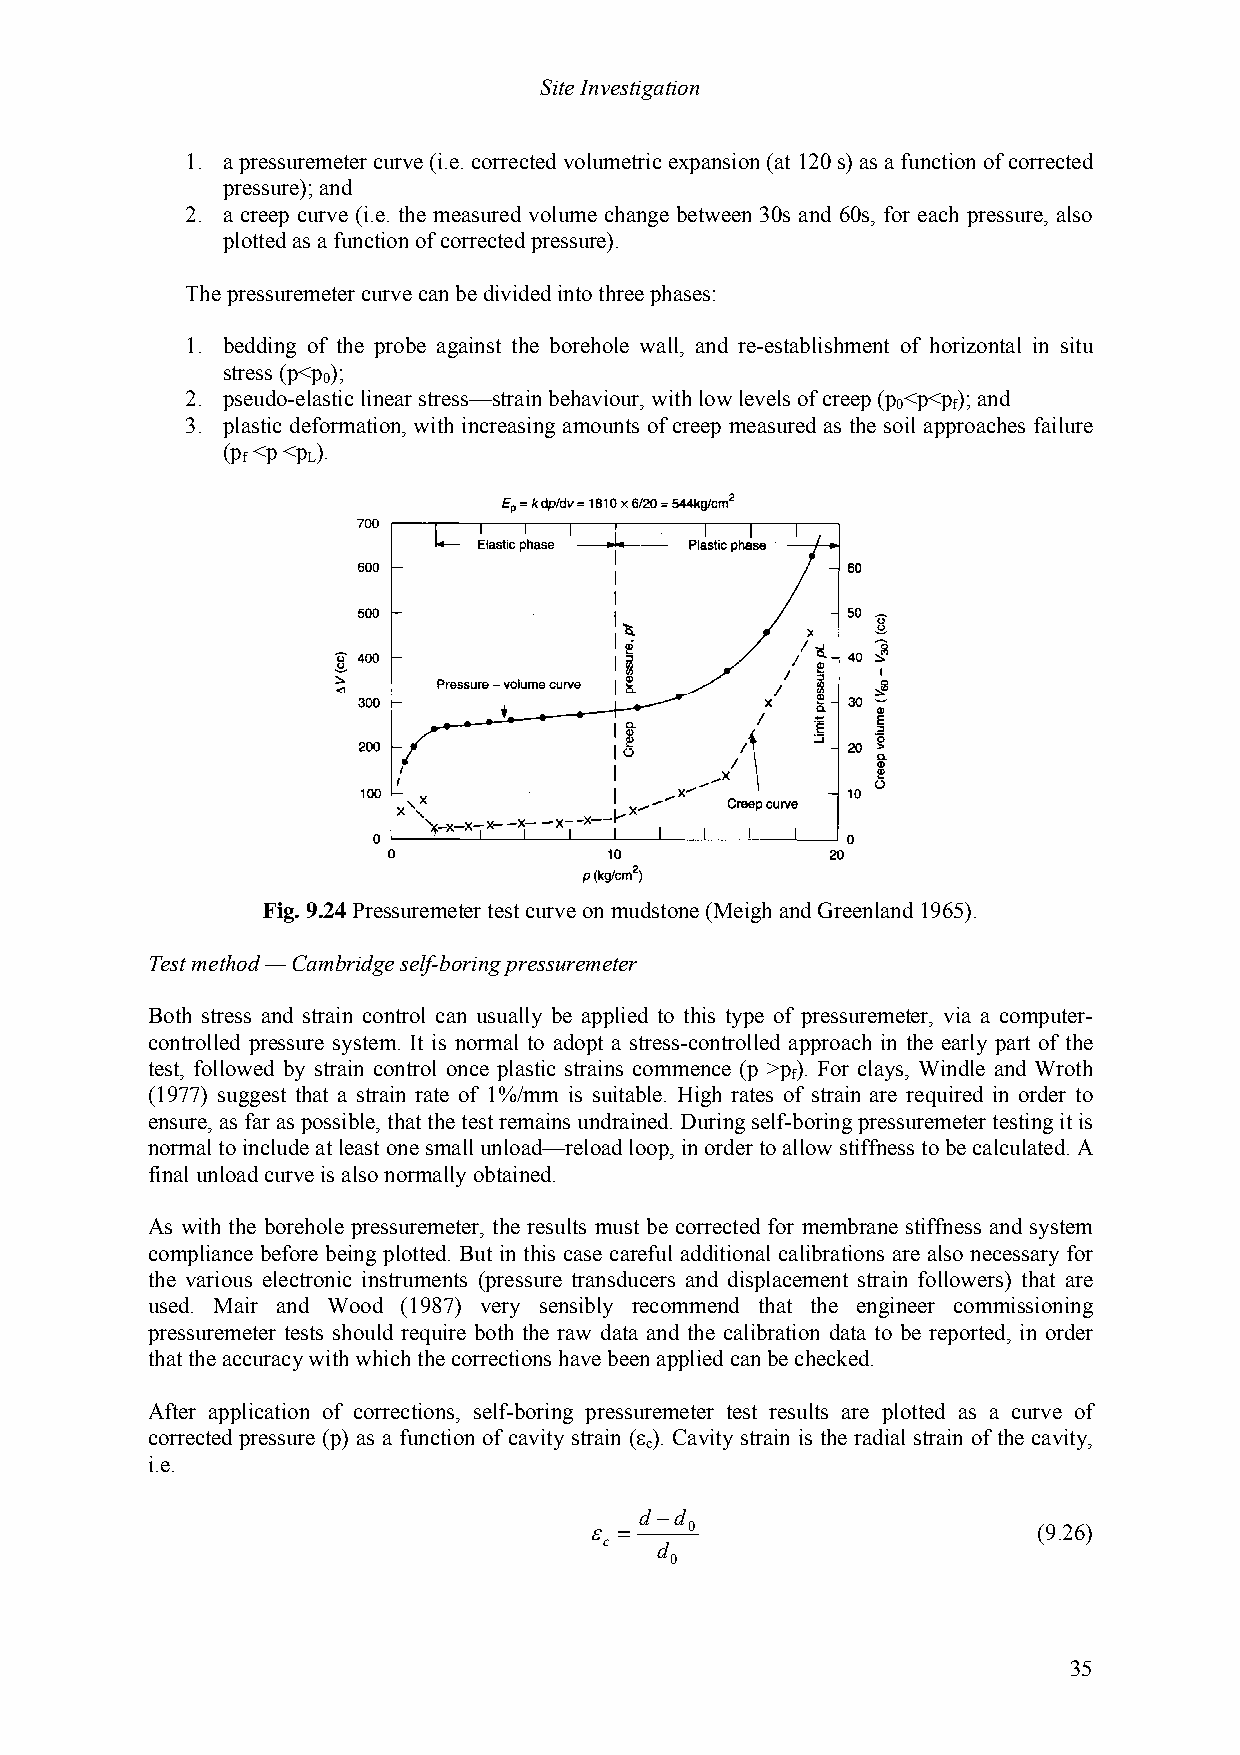
Site Investigation
 1. a pressuremeter curve (i.e. corrected volumetric expansion (at 120 s) as a function of corrected
 pressure); and
 2. a creep curve (i.e. the measured volume change between 30s and 60s, for each pressure, also
 plotted as a function of corrected pressure).
 The pressuremeter curve can be divided into three phases:
 1. bedding of the probe against the borehole wall, and re-establishment of horizontal in situ
 stress (p<p );
 0
 2. pseudo-elastic linear stress—strain behaviour, with low levels of creep (p <p<p); and
 0   f
 3. plastic deformation, with increasing amounts of creep measured as the soil approaches failure
 (p <p <p ).
 f   L
 Fig. 9.24 Pressuremeter test curve on mudstone (Meigh and Greenland 1965).
 Test method — Cambridge self-boring pressuremeter
 Both stress and strain control can usually be applied to this type of pressuremeter, via a computer-
 controlled pressure system. It is normal to adopt a stress-controlled approach in the early part of the
 test, followed by strain control once plastic strains commence (p >p). For clays, Windle and Wroth
 f
 (1977) suggest that a strain rate of 1%/mm is suitable. High rates of strain are required in order to
 ensure, as far as possible, that the test remains undrained. During self-boring pressuremeter testing it is
 normal to include at least one small unload—reload loop, in order to allow stiffness to be calculated. A
 final unload curve is also normally obtained.
 As with the borehole pressuremeter, the results must be corrected for membrane stiffness and system
 compliance before being plotted. But in this case careful additional calibrations are also necessary for
 the various electronic instruments (pressure transducers and displacement strain followers) that are
 used. Mair and Wood (1987) very sensibly recommend that the engineer commissioning
 pressuremeter tests should require both the raw data and the calibration data to be reported, in order
 that the accuracy with which the corrections have been applied can be checked.
 After application of corrections, self-boring pressuremeter test results are plotted as a curve of
 corrected pressure (p) as a function of cavity strain (ε ). Cavity strain is the radial strain of the cavity,
 c
 i.e.
 d −d
 ε =    0                      (9.26)
 c  d
 0
 35